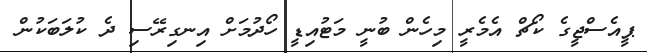
ޕީއެސްޖީގެ ކޯޗް އެމެރީ މިހެން ބުނީ މަޓުއިޑީ ހޯދުމަށް އިނގިރޭސި ދެ ކުލަބަކުން